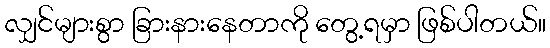
လျှင်များစွာ ခြားနားနေတာကို တွေ့ရမှာ ဖြစ်ပါတယ်။